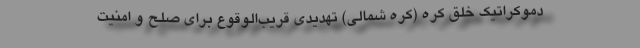
دموکراتیک خلق کره (کره شمالی) تهدیدی قریب‌الوقوع برای صلح و امنیت